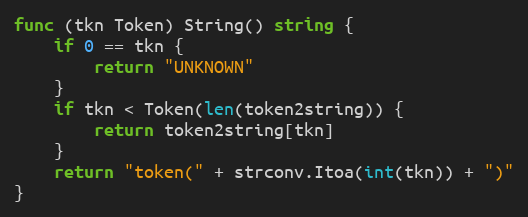
Language: Go
func (tkn Token) String() string {
	if 0 == tkn {
		return "UNKNOWN"
	}
	if tkn < Token(len(token2string)) {
		return token2string[tkn]
	}
	return "token(" + strconv.Itoa(int(tkn)) + ")"
}